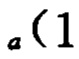
\(a(1\)